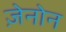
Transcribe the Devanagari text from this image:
ज़ेनोन